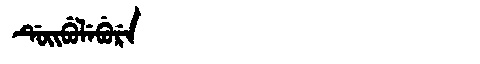
Manchu: ᡩᡠᡳᠪᡠᠯᡝᠪᡠᡵᡝ
Romanization: DUIBULEBURE